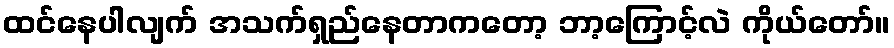
ထင်နေပါလျက် အသက်ရှည်နေတာကတော့ ဘာ့ကြောင့်လဲ ကိုယ်တော်။